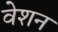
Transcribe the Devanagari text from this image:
वेशन